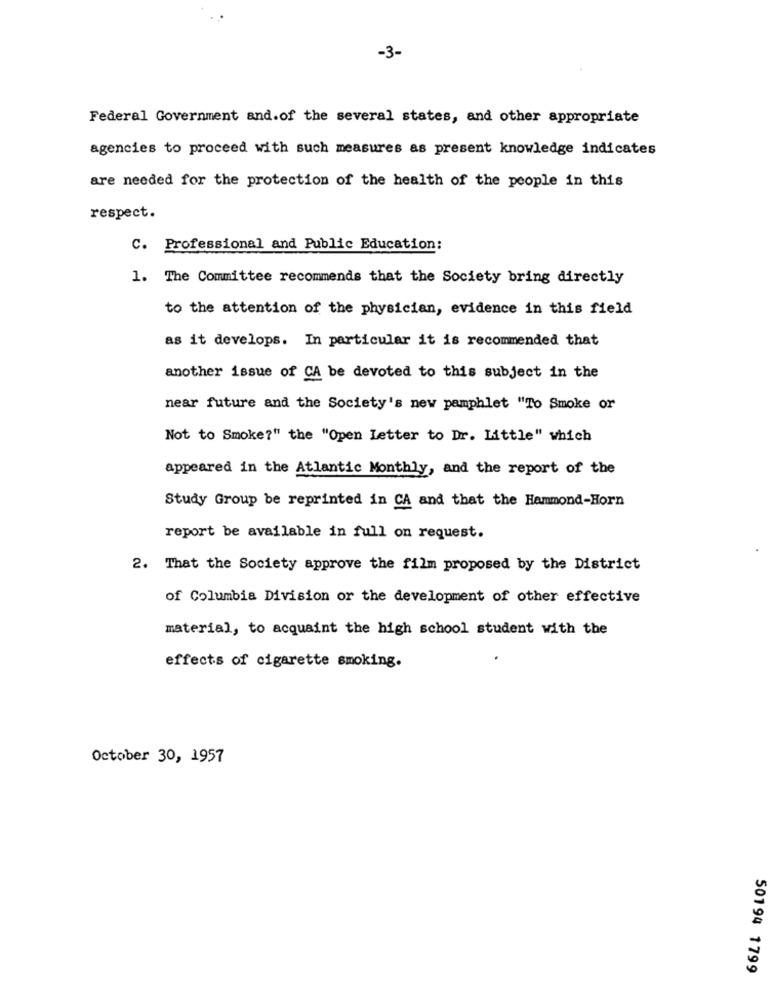
-3-
Federal Government and.of the several states, and other appropriate
agencies to proceed with such measures as present knowledge indicates
are needed for the protection of the health of the people in this
respect.
C. Professional and Public Education:
1. The Committee recommends that the Society bring directly
to the attention of the physician, evidence in this field
as it develops. In particular it is recommended that
another issue of CA be devoted to this subject in the
near future and the Society's new pamphlet "To Smoke or
Not to Smoke?" the "Open letter to Dr. Little" which
appeared in the Atlantic Monthly, and the report of the
Study Group be reprinted in CA and that the Hammond-Horn
report be available in full on request.
2. That the Society approve the film proposed by the District
of Columbia Division or the development of other effective
material, to acquaint the high school student with the
effects of cigarette smoking.
October 30, 1957
50194 1799